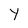
Character: Y